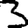
Digit: 3